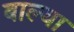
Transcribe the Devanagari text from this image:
बाल्या